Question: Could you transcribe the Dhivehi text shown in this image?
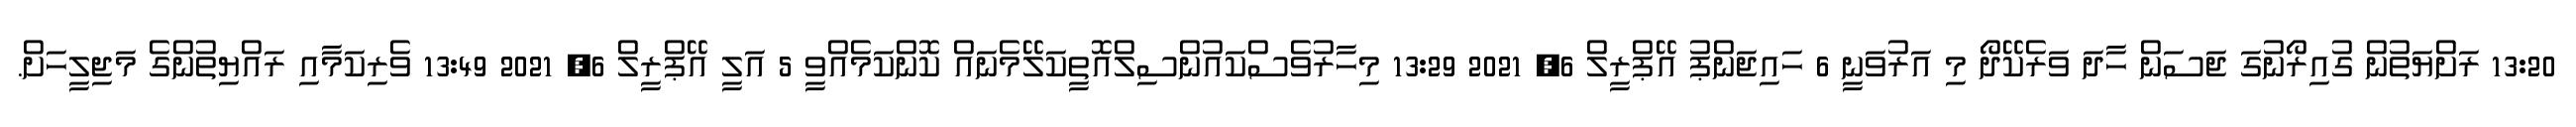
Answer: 13:20 ރަށްޔަތުން ގުއިރޯނުގަ ޖަސަން ހާދަ ވަރެކޭދޯ މި އަރުވަނީ 6 ހައިޖަންޕު އޭޕްރީލް 6, 2021 13:29 މިހާރުވެސްކައުންސިލްއޮތީކަލޭމެނައް ކޮންކަމެއްވީ 5 އަލީ އޭޕްރީލް 6, 2021 13:49 ވެރިކަމާއި ރައްޔިތުންގެ މަޖިލީހަށް.